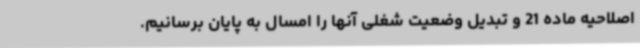
اصلاحیه ماده 21 و تبدیل وضعیت شغلی آنها را امسال به پایان برسانیم.